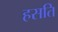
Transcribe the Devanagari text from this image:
हसति